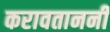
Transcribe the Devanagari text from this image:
करावताननी